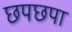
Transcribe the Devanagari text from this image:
छपछपा